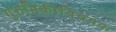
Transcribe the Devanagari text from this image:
गुरुभिक्तीविषयक